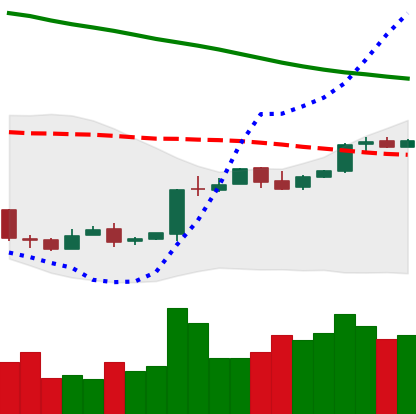
Ticker: BTC-USD
Chart end date: 2018-04-23
Forward return: 4.676%
Label: up_3_5